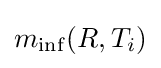
m_{\inf }(R,T_{i})